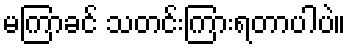
မကြာခင် သတင်းကြားရတာပါပဲ။